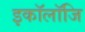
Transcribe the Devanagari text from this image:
इकॉलॉजि